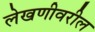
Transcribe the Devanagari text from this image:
लेखणीवरील